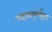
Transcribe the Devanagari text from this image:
महत्वपूर्णरूप